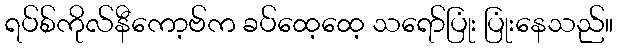
ရပ်စ်ကိုလ်နီကော့ဗ်က ခပ်ထေ့ထေ့ သရော်ပြုံး ပြုံးနေသည်။